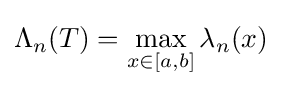
\Lambda _{n}(T)=\max _{x\in [a,b]}\lambda _{n}(x)